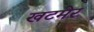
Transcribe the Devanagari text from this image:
खटमेर